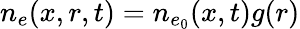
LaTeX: n_{e}(x,r,t)=n_{e_{0}}(x,t)g(r)